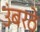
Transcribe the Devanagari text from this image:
उंबरठे